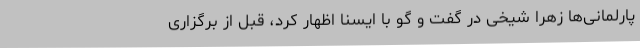
پارلمانی‌ها زهرا شیخی در گفت و گو با ایسنا اظهار کرد، قبل از برگزاری